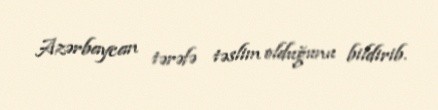
Azərbaycan tərəfə təslim olduğunu bildirib.